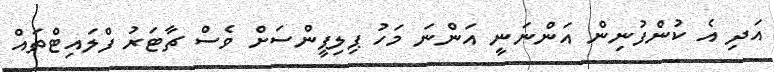
އަދި އެ ކުންފުނިން އަންނަނީ އަންނަ މަހު ޕިލިޕީންސަށް ވެސް ޗާޓަރު ފްލައިޓްތައް